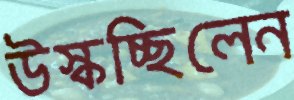
উস্‌কচ্ছিলেন